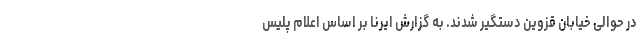
در حوالی خیابان قزوین دستگیر شدند. به گزارش ایرنا بر اساس اعلام پلیس